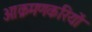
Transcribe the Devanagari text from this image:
आक्रमणकरियों